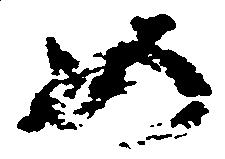
如